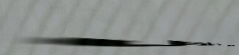
موقف خاص